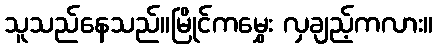
သူသည်နေသည်။မြိုင်ကမွှေး လှချည့်ကလား။